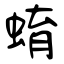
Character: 蜟